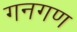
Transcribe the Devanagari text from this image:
गनगण